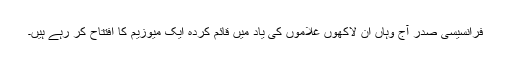
فرانسیسی صدر آج وہاں ان لاکھوں غلاموں کی یاد میں قائم کردہ ایک میوزیم کا افتتاح کر رہے ہیں۔